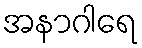
အနာဂါရေ